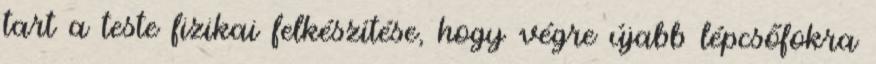
tart a teste fizikai felkészítése, hogy végre újabb lépcsőfokra